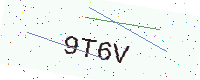
Text: 9T6V